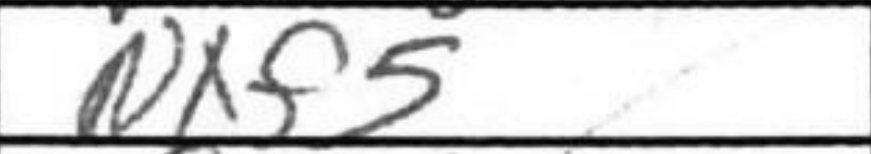
Transcription: Nxf5